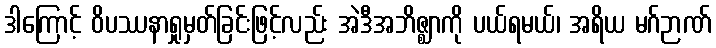
ဒါကြောင့် ဝိပဿနာရှုမှတ်ခြင်းဖြင့်လည်း အဲဒီအဘိဇ္ဈာကို ပယ်ရမယ်၊ အရိယ မဂ်ဉာဏ်